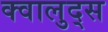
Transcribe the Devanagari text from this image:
क्वालुद्स